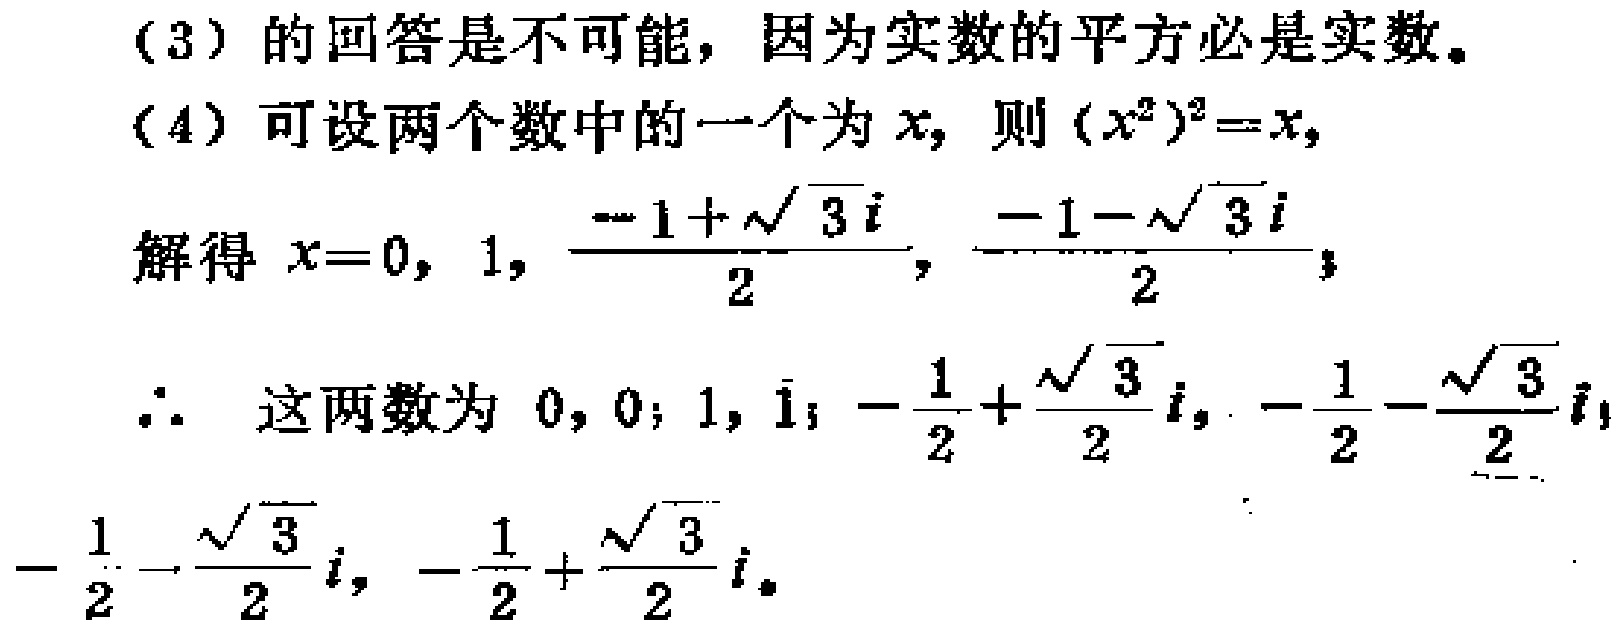
（3）的回答是不可能，因为实数的平方必是实数。
（4）可设两个数中的一个为\(x\)，则\((x^{2})^{2}=x\)，
解得 \(x = 0,1,\frac{-1 + \sqrt{3}i}{2},\frac{-1 - \sqrt{3}i}{2}\)；
\(\therefore\) 这两数为 \(0,0\)；\(1,1\)；\(-\frac{1}{2}+\frac{\sqrt{3}}{2}i,-\frac{1}{2}-\frac{\sqrt{3}}{2}i\)，\(-\frac{1}{2}-\frac{\sqrt{3}}{2}i,-\frac{1}{2}+\frac{\sqrt{3}}{2}i\)。